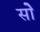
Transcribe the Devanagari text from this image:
सोे